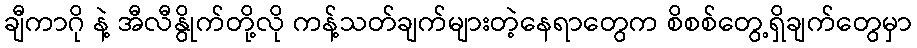
ချီကာဂို နဲ့ အီလီနွိုက်တို့လို ကန့်သတ်ချက်များတဲ့နေရာတွေက စိစစ်တွေ့ရှိချက်တွေမှာ